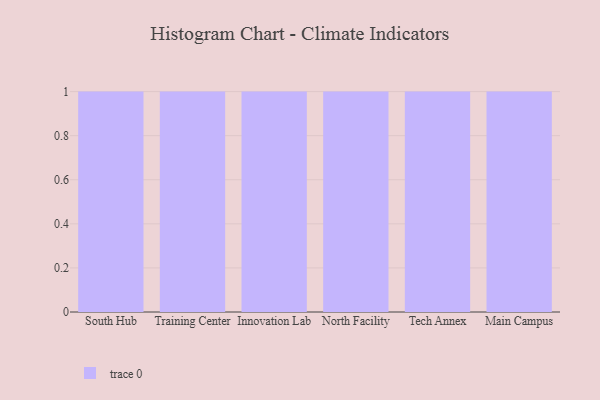
{"axis": {"x": "Campus", "y": "Churn Rate (%)"}, "legend": [""], "data": [{"x": "South Hub", "y": 85, "type": ""}, {"x": "Training Center", "y": 5, "type": ""}, {"x": "Innovation Lab", "y": 87, "type": ""}, {"x": "North Facility", "y": 53, "type": ""}, {"x": "Tech Annex", "y": 91, "type": ""}, {"x": "Main Campus", "y": 42, "type": ""}]}